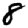
Digit: 8